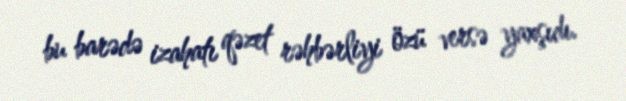
bu barədə izahatı qəzet rəhbərliyi özü versə yaxşıdı.